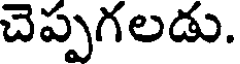
చెప్పగలడు.